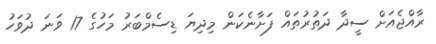
ރާއްޖެއަށް ސީދާ ދަތުރުތައް ފަށާނެކަން މިދިޔަ ޑިސެމްބަރު މަހުގެ 17 ވަނަ ދުވަހު